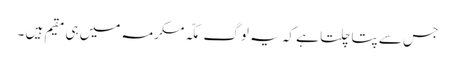
جس سے پتا چلتا ہے کہ یہ لوگ مکّہ مکرمہ میں ہی مقیم ہیں ۔